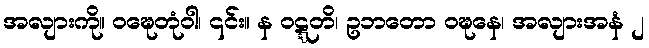
အလျားကို။ ဝဍ္ဎေတုံဝါ၊ ၎င်း။ န ဝဋ္ဋတိ၊ ဥဘတော ဝဍ္ဎနေ၊ အလျားအနံ ၂